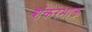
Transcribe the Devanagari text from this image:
शंकरभाऊ